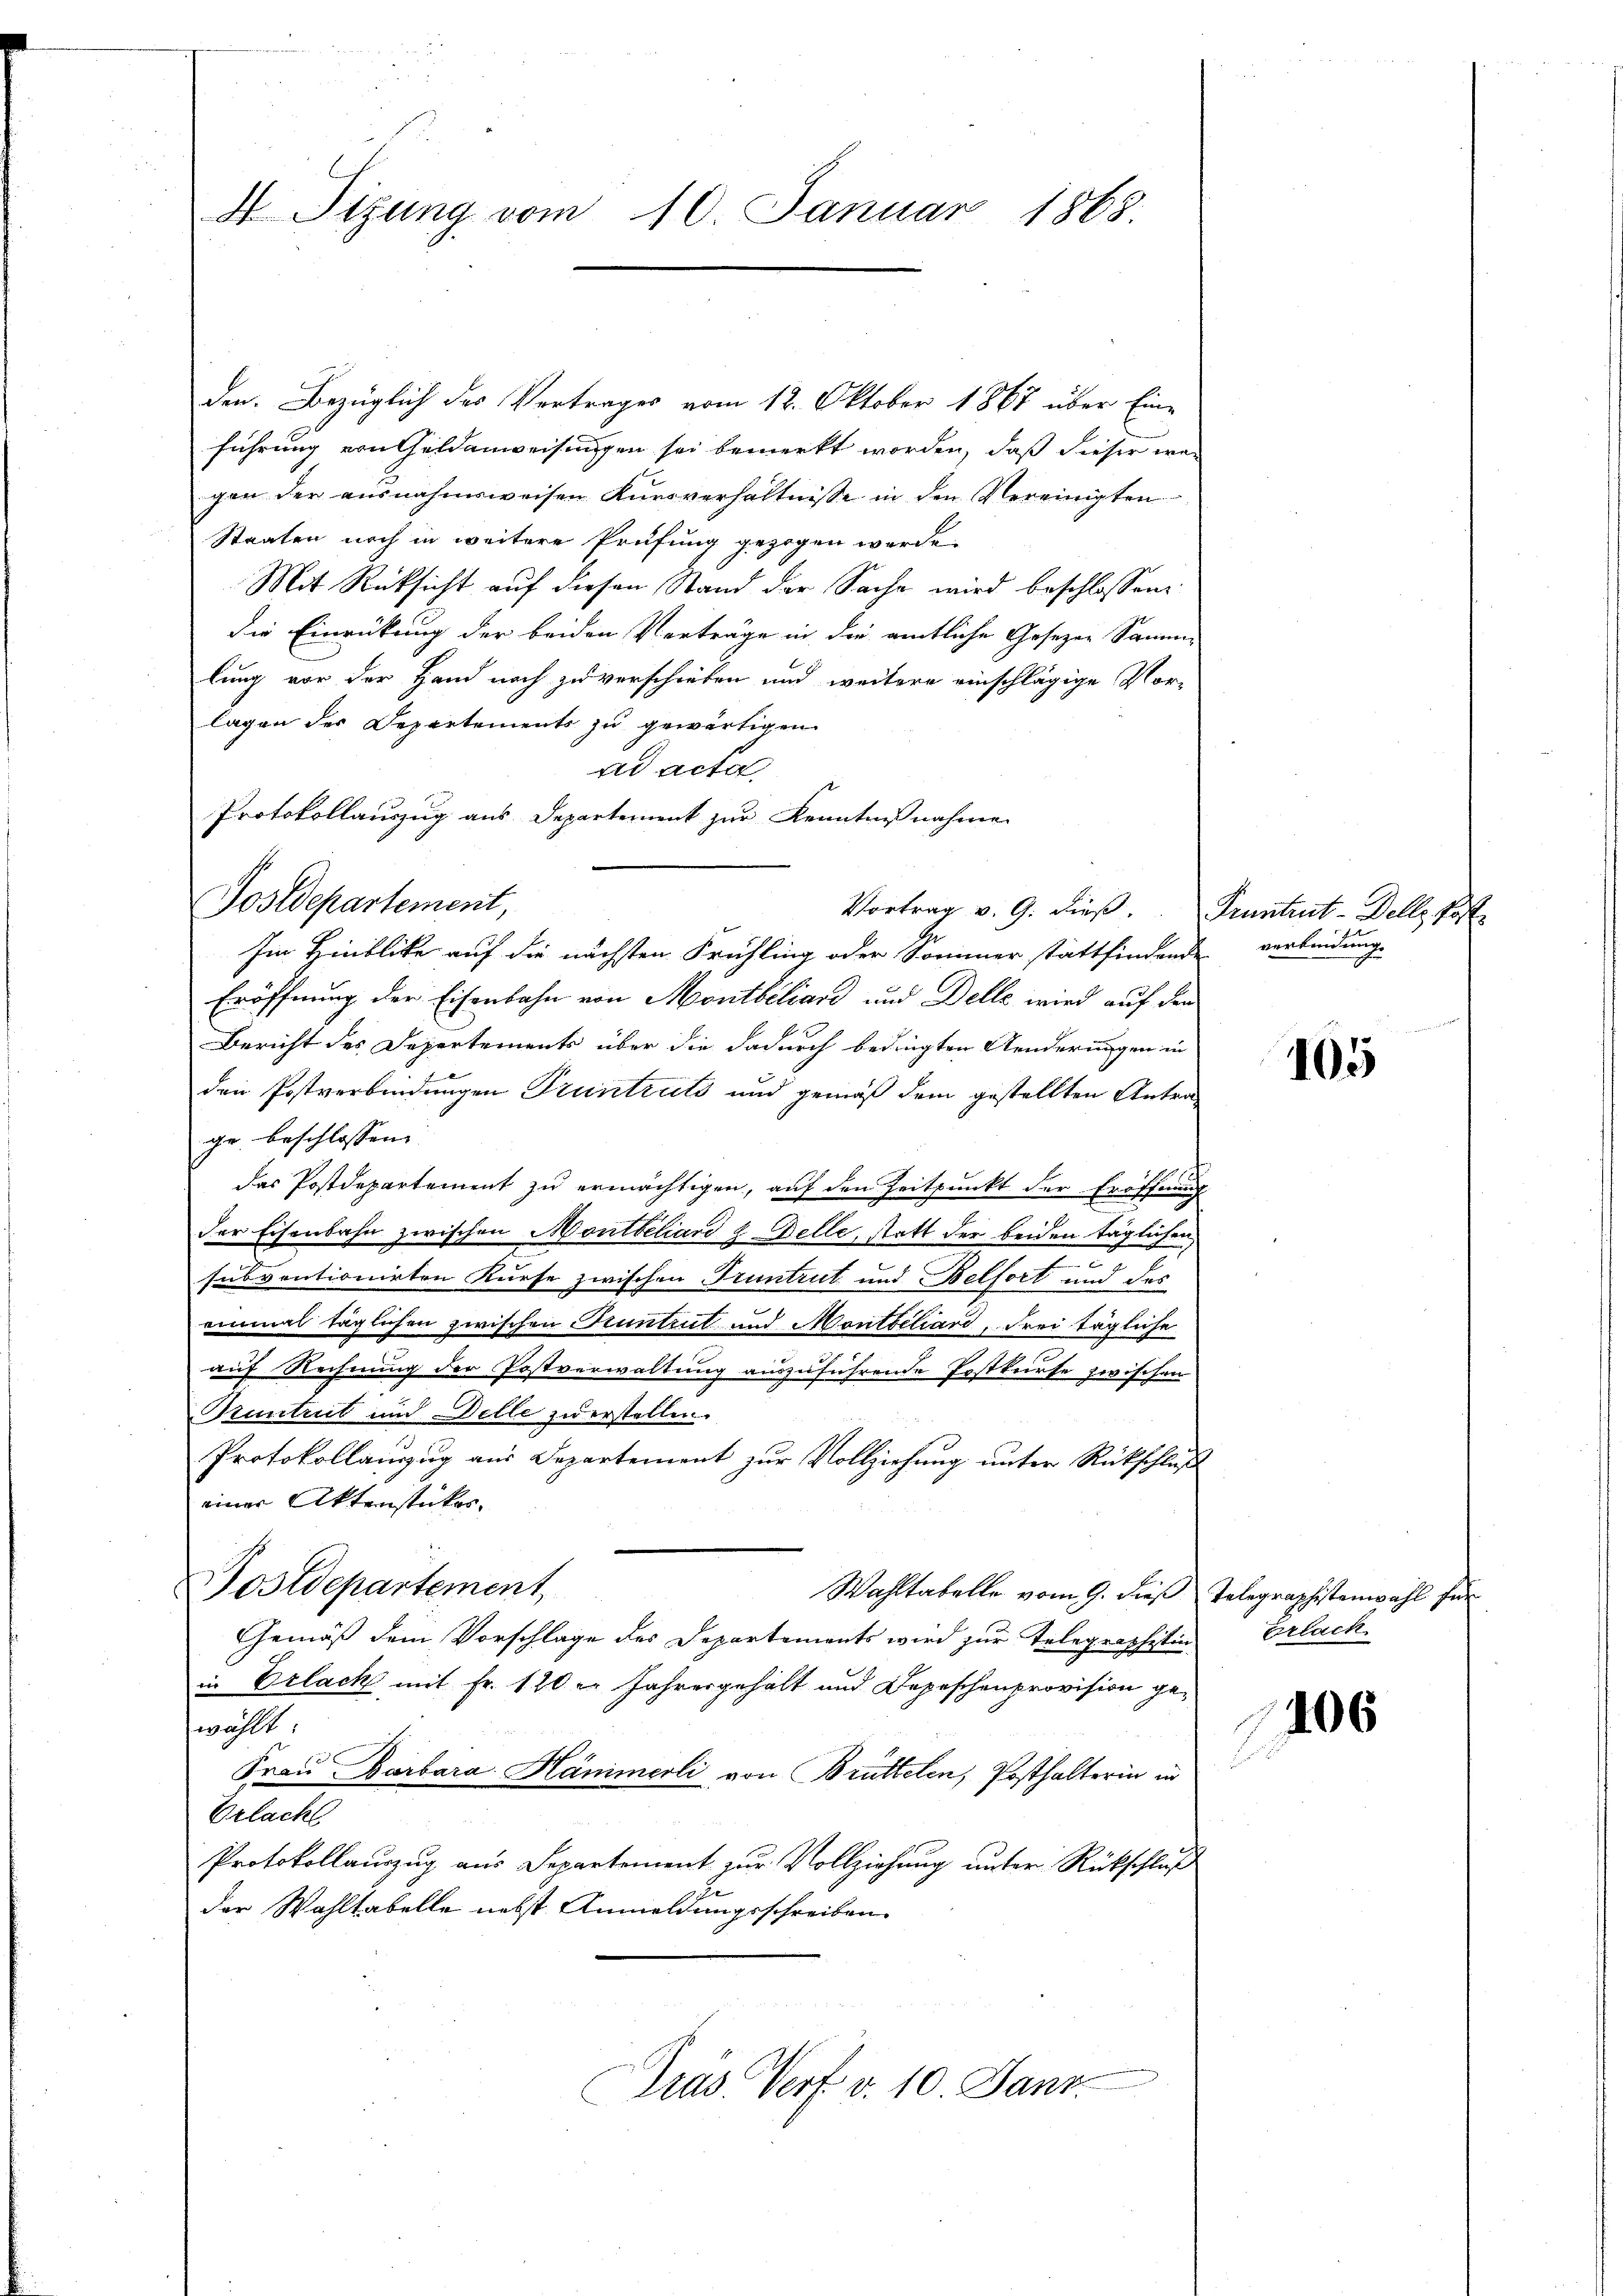
4 Sitzung vom 10. Januar 1868

den. Bezüglich des Vertrages vom 12. Oktober 1867 über Eine
führung von Feldanweisungen sei bemerkt worden, daß dieser wei
gen der ausnahmsweisen Kursverhältnisse in den Vereinigten
Staaten noch in weitere Prüfung gezogen werde.
Mit Rücksicht auf diesen Stand der Sache wird beschlossen:
die Einrückung der beiden Verträge in die amtliche Gesezen Samm-
lung vor der Hand noch zu verschieben und weitere einschlägige Vor-
lagen der Departements zu gewärtigen
ad acta
Protokollauszug aus Departement zur Kenntnißnahme
Im Hinblicke auf die nächsten Frühling oder Sommer stattfindende verbindung
Eröffnung der Eisenbahn von Montbiliars und Delle wird auf den
Bericht des Departements über die dadurch bedingten Aenderungen in
den Postverbindungen Pruntruts und gemäß dem gestellten Antrage, beschlossen: |
das Postdepartement zu ermächtigen, auf den Zeitpunkt der Eröffnung
e
der Eisenbahn zwischen Montbiliard z elle, statt der beiden täglichen
subventionirten Kurse zwischen Truntrut und Belfort und des
einmal täglichen zwischen Pruntrut und Montbiliard, drei tägliche
auf Rechnung der Postverwaltung auszuführende Postkurse zwischen
Runtrut und Delle zu erstellen.
Protokollauszug aus Departement zur Vollziehung unter Rückschluß
einer Aktenstückes.
Postdepartement,
Wahltabelle vom 9. dieß Telegraphistenwahl für
Gemäß dem Vorschlage des Departements wird zur Telegraphistin
in Erlack mit Fr. 120. Jahresgehalt und Depeschenprovision ge-
wählt

Frau Barbara Hämmerli von Brüttelen, Posthalterin in
Beleute
Protokollauszug aus Departement zur Vollziehung unter Rückschluß
der Wahltabelle nebst Anmeldungsschreiben
Präs. Verf. v. 10. Janz.

Postdepartement,

Vortrag v. 9. dieβ. Pruntrut-Delle Post

105

Erlach

406